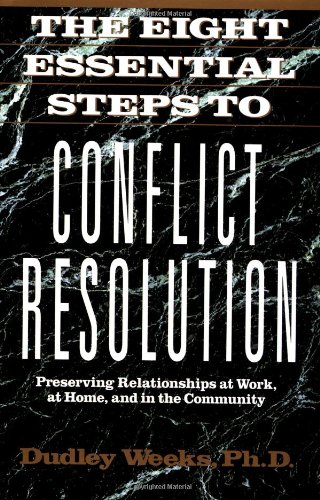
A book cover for The Eight Essential Steps to Conflict Resolution; Dudley Weeks; Parenting & Relationships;